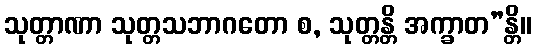
သုတ္တာဏာ သုတ္တသဘာဂတော စ, သုတ္တန္တိ အက္ခာတ”န္တိ။